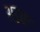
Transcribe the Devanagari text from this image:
अडक